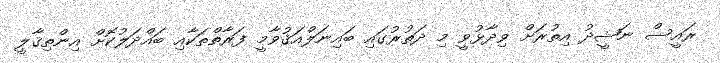
ރައީސް ނަޝީދު އިތުރަށް ވިދާޅުވީ މި ދަތުރުގައި ބައިނަލްއަޤުވާމީ ފަރާތްތަކާއި ބައްދަލުކޮށް އިންތިޤާލީ